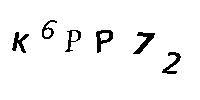
K6PP72